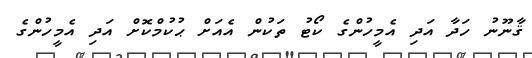
ޤާނޫނު ހަދާ އަދި އެމީހުންގެ ކޯޓު ތަކުން އެއަށް ޙުކުމްކޮށް އަދި އެމީހުންގެ